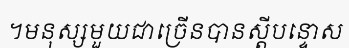
។មនុស្សមួយជាច្រើនបានស្តីបន្ទោស